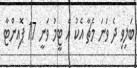
ބަލިވި ދެ ވަނަ މެޗާ އެކު އެ ޓީމު ވަނީ 17 ޕޮއިންޓާ